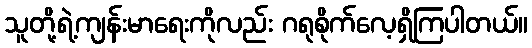
သူတို့ရဲ့ကျန်းမာရေးကိုလည်း ဂရုစိုက်လေ့ရှိကြပါတယ်။